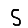
Digit: 5